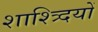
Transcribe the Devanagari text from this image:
शाश्त्र्दियों